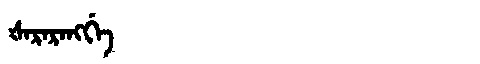
Manchu: ᡧᠠᡵᠠᡵᠠᠩᡤᡝ
Romanization: ŠARARANGGE